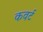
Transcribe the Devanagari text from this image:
कवर्ट